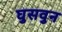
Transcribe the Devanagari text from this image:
घुसवुन